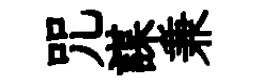
咒謀兼